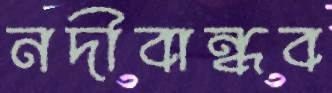
নদীবান্ধব